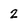
Character: 2